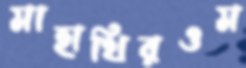
মাহাথিরওম